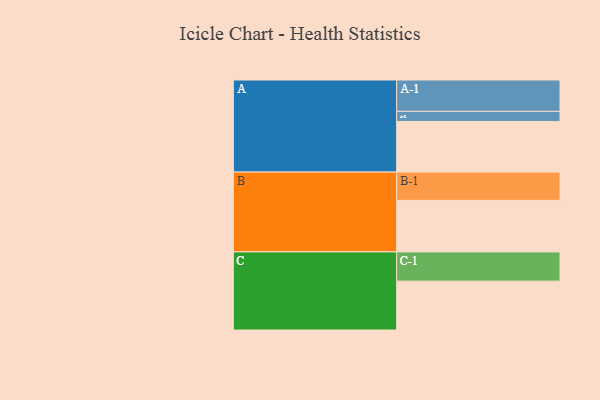
{"axis": {"x": "Segment", "y": "Value"}, "legend": ["", "A", "B", "C"], "data": [{"x": "A", "y": 457, "type": ""}, {"x": "B", "y": 465, "type": ""}, {"x": "C", "y": 441, "type": ""}, {"x": "A-1", "y": 283, "type": "A"}, {"x": "A-2", "y": 91, "type": "A"}, {"x": "B-1", "y": 255, "type": "B"}, {"x": "C-1", "y": 264, "type": "C"}]}